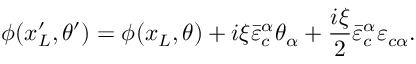
\phi ( x _ { L } ^ { \prime } , \theta ^ { \prime } ) = \phi ( x _ { L } , \theta ) + i \xi { \bar { \varepsilon } } _ { c } ^ { \alpha } \theta _ { \alpha } + \frac { i \xi } { 2 } { \bar { \varepsilon } } _ { c } ^ { \alpha } { \varepsilon } _ { c \alpha } .